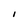
Character: 1